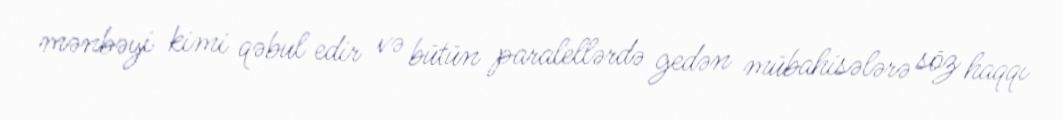
mənbəyi kimi qəbul edir və bütün paralellərdə gedən mübahisələrə söz haqqı